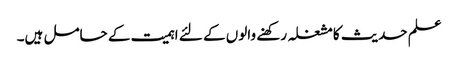
علم حدیث کا مشغلہ رکھنے والوں کے لئے اہمیت کے حامل ہیں۔